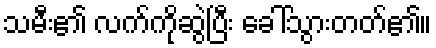
သမီး၏ လက်ကိုဆွဲပြီး ခေါ်သွားတတ်၏။